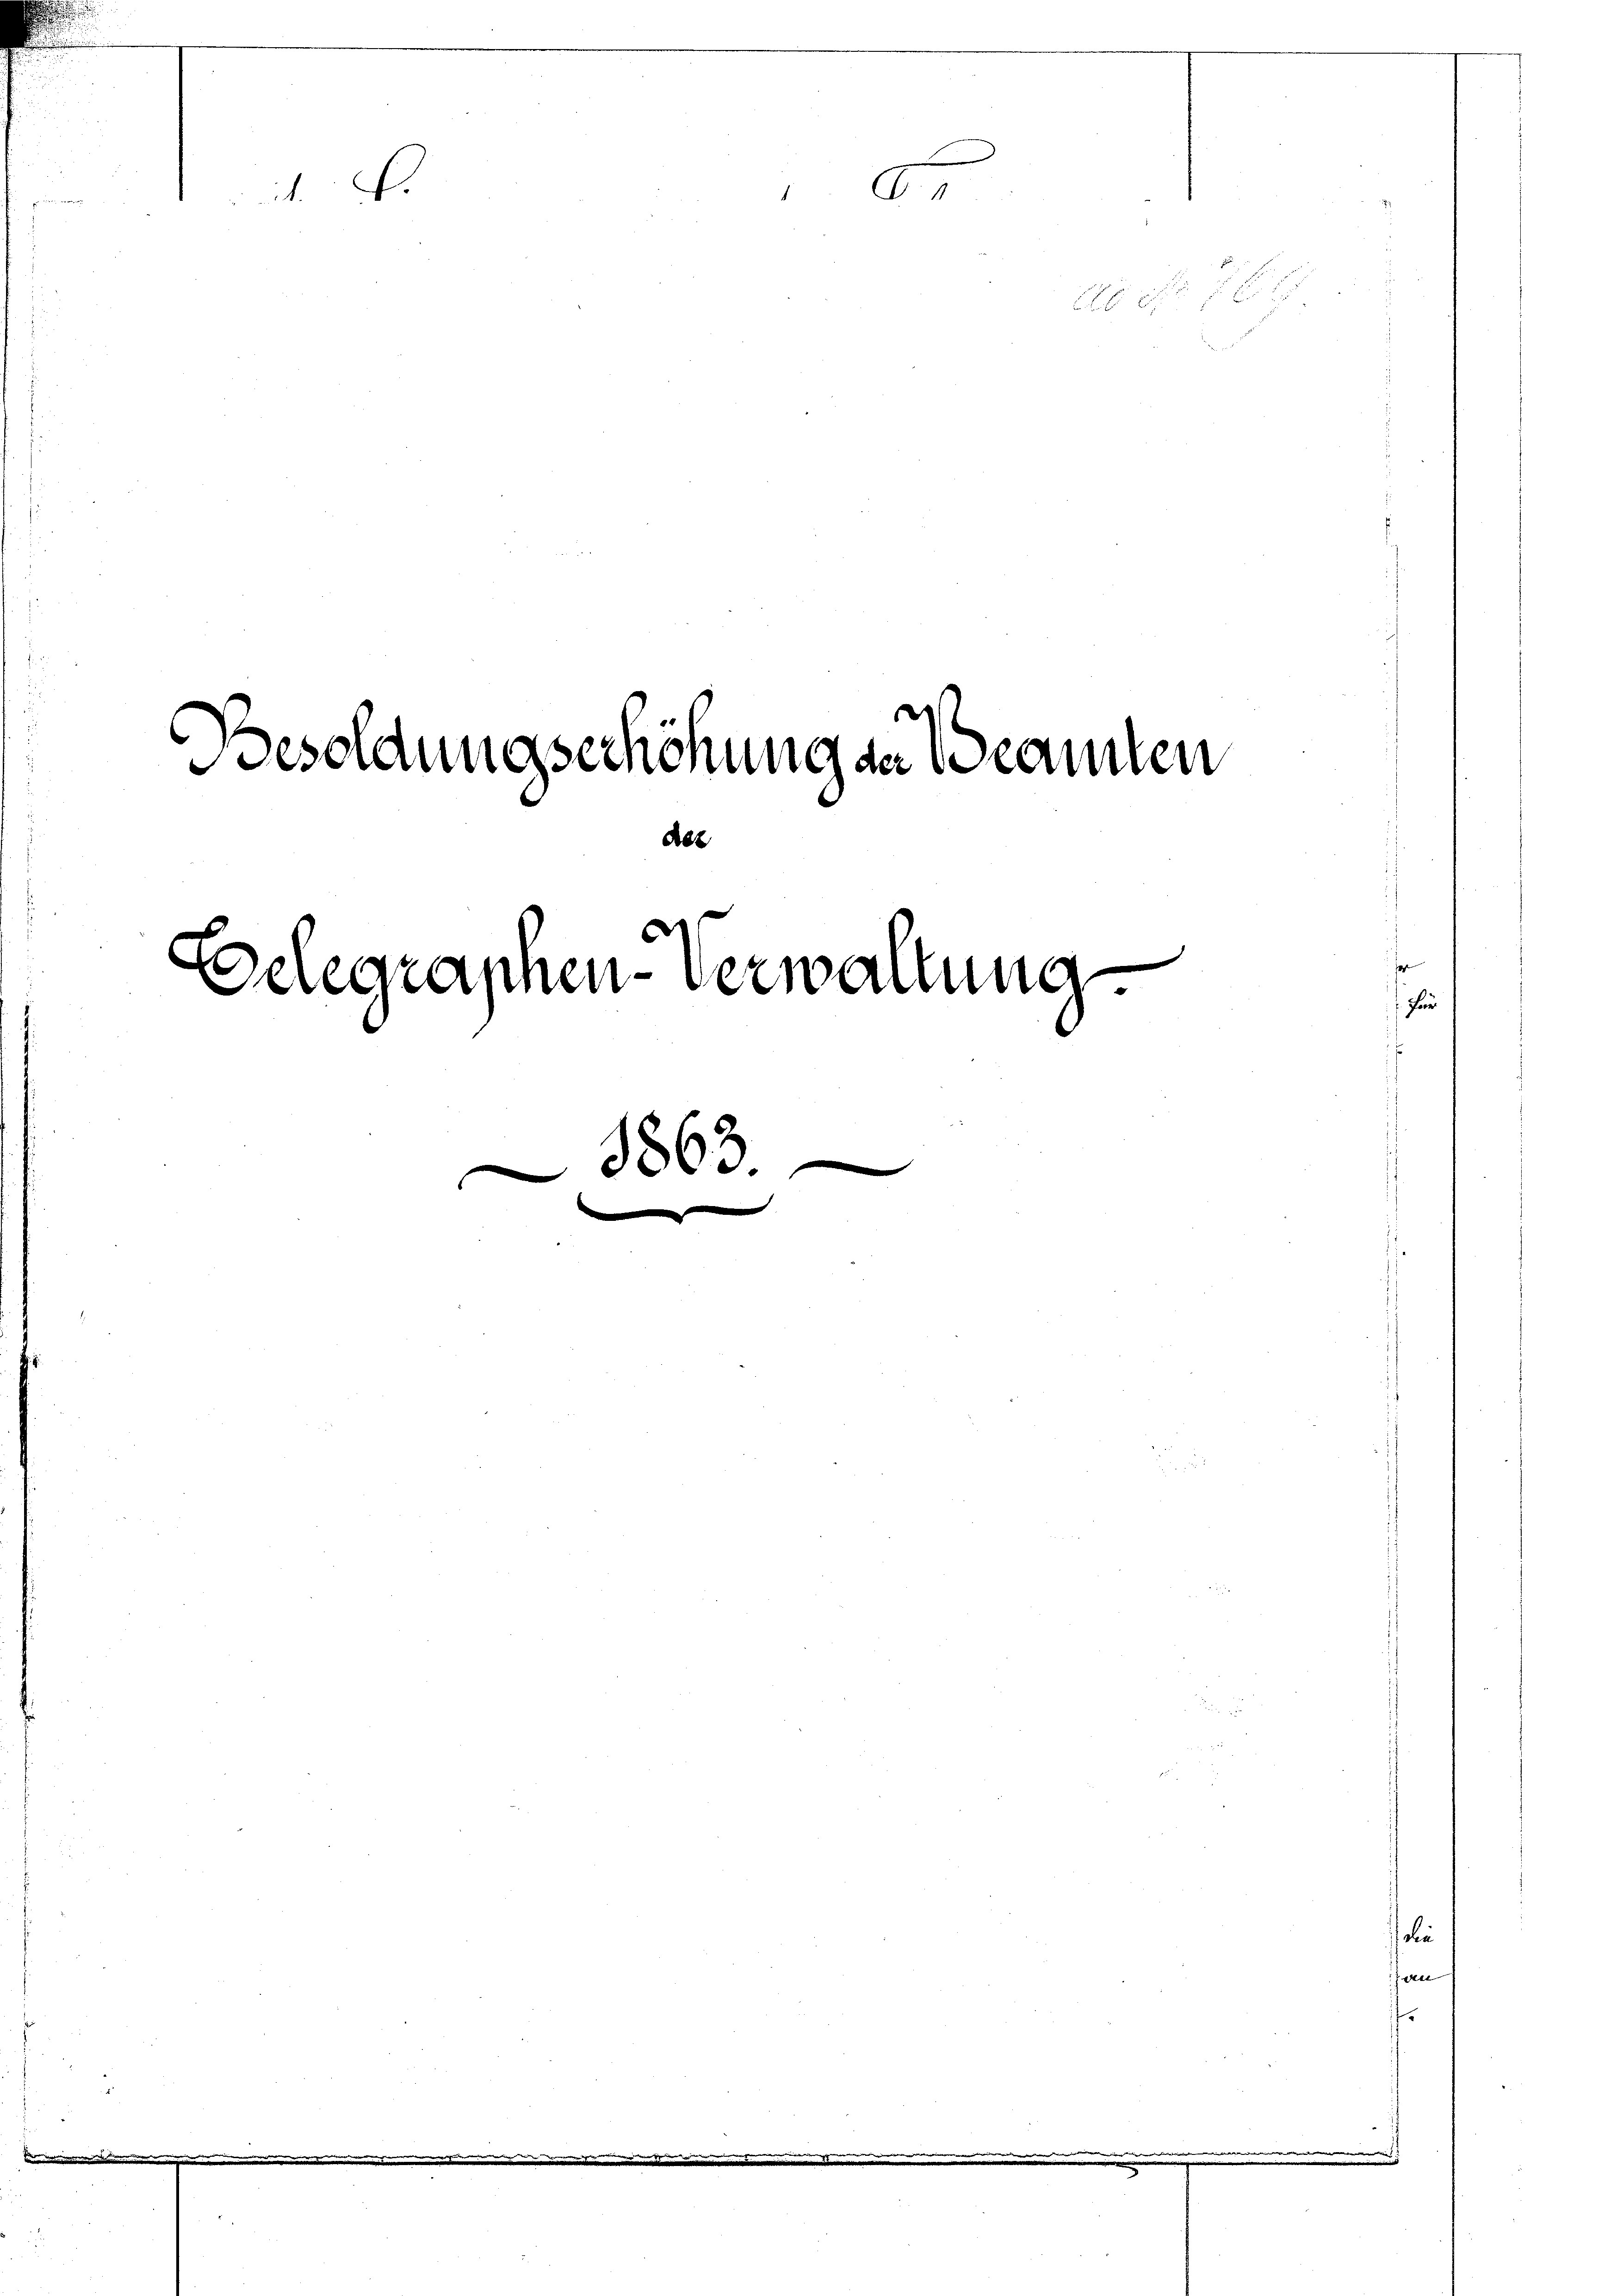
t.

Besoldungserhöhung an Beamten

do
Seegraphen verwartung
8863.

de

1

n
A.

¬

n

Für

an

die